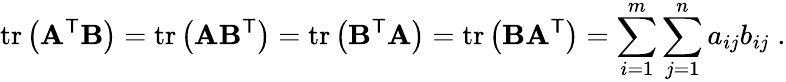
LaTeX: \operatorname{tr}\left(\mathbf{A}^{\mathsf{T}}\mathbf{B}\right)=\operatorname{tr}\left(\mathbf{A}\mathbf{B}^{\mathsf{T}}\right)=\operatorname{tr}\left(\mathbf{B}^{\mathsf{T}}\mathbf{A}\right)=\operatorname{tr}\left(\mathbf{B}\mathbf{A}^{\mathsf{T}}\right)=\sum_{i=1}^{m}\sum_{j=1}^{n}a_{ij}b_{ij}\; .